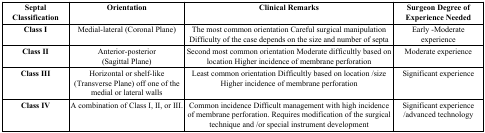
<table><thead><tr><td><b>Septal Classification</b></td><td><b>Orientation</b></td><td><b>Clinical Remarks</b></td><td><b>Surgeon Degree of Experience Needed</b></td></tr></thead><tbody><tr><td><b>Class I</b></td><td>Medial-lateral (Coronal Plane)</td><td>The most common orientation Careful surgical manipulation Difficulty of the case depends on the size and number of septa</td><td>Early -Moderate experience</td></tr><tr><td><b>Class II</b></td><td>Anterior-posterior(Sagittal Plane)</td><td>Second most common orientation Moderate difficultly based on location Higher incidence of membrane perforation</td><td>Moderate experience</td></tr><tr><td><b>Class III</b></td><td>Horizontal or shelf-like (Transverse Plane) off one of the medial or lateral walls</td><td>Least common orientation Difficultly based on location /size Higher incidence of membrane perforation</td><td>Significant experience</td></tr><tr><td><b>Class IV</b></td><td>A combination of Class I, II, or III.</td><td>Common incidence Difficult management with high incidence of membrane perforation. Requires modification of the surgical technique and /or special instrument development</td><td>Significant experience /advanced technology</td></tr></tbody></table>